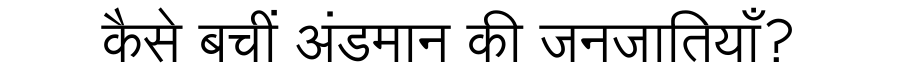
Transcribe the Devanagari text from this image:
कैसे बचीं अंडमान की जनजातियाँ?